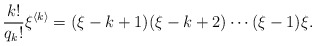
\begin{align*}\frac{k!}{q_k!}\xi^{\langle k \rangle}=(\xi-k+1)(\xi-k+2)\cdots (\xi-1)\xi.\end{align*}